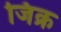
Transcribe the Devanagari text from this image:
जिक्र